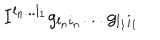
I ^ { l _ { n } . . . l _ { 1 } } g _ { l _ { n } i _ { n } } . . . g _ { l _ { 1 } i _ { 1 } }